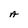
Character: A